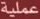
عملية